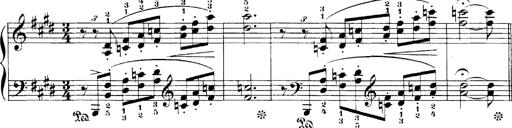
Title: LiebestrÃ¤ume
Composer: Franz Behr
Key: E-flat major